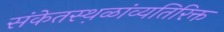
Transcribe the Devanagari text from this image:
संकेतस्थ़ळांव्यतिरिक्त